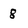
Character: 8